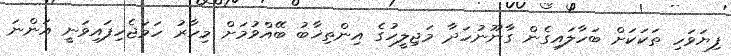
ފިޔަވަހި ތަކަކަށް ބަހާލައިގެން ގާނޫނުހަދާ މަޖިލީހުގެ އިންތިޚާބު ބޭއްވުމަށް މިހާރު ހަމަޖެހިފައިވަނީ އަންނަ